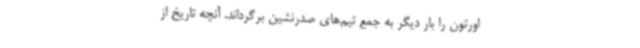
اورتون را بار دیگر به جمع تیم‌های صدرنشین برگرداند. آنچه تاریخ از